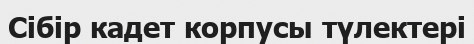
Сібір кадет корпусы түлектері